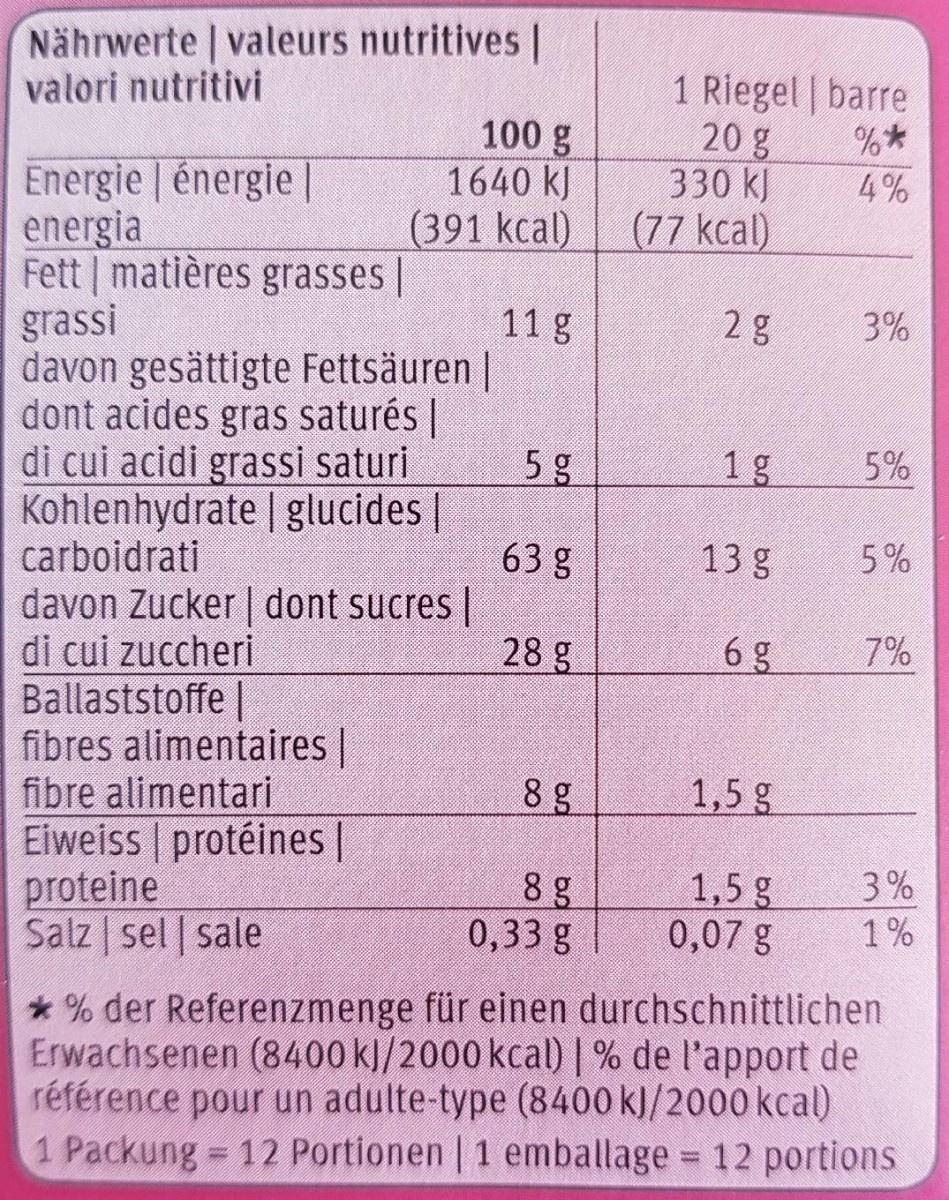
Nährwerte valeurs nutritives | valori nutritivi
100 g 1640 kJ (391 kcal)
1 Riegel barre 20 g 330 kJ (77 kcal)
Energie énergie |
** 4%
1. energia Fett matières grasses | grassi davon gesättigte Fettsäuren | dont acides gras saturés | di cui acidi grassi saturi Kohlenhydrate | glucides | carboidrati davon Zucker | dont sucres | di cui zuccheri Ballaststoffe | fibres alimentaires | fibre alimentari Eiweiss protéines | proteine Salz sel sale
11 g
2 g
3%
5 g
1g
5%
63 g
13 g
5%
28 g
6 g
7%
8 g
1,5 g
1,5 g 0,07 g
3%
8 g 0,33 g
1%
* % der Referenzmenge für einen durchschnittlichen Erwachsenen (8400 kJ/2000 kcal) | % de l'apport de référence pour un adulte-type (8400 kJ/2000 kcal) 1 Packung 12 Portionen | 1 emballage 12 portions